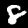
Digit: 8